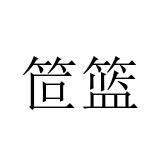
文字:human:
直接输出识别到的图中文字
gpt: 笸篮